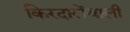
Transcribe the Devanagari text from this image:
किरदारोंवाली